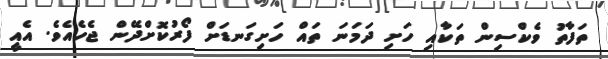
ތަފާތު ވެކްސިން ތަކާއި ހަށި ދަމަނަ ތައް ހަށިގަނޑަށް ފޯރުކޮށްދޭން ޖެހެއެވެ. އެއީ